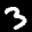
Label: 3